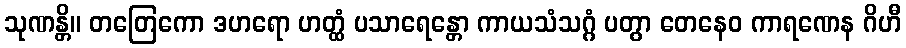
သုဏန္တိ။ တတြေကော ဒဟရော ဟတ္ထံ ပသာရေန္တော ကာယသံသဂ္ဂံ ပတွာ တေနေဝ ကာရဏေန ဂိဟီ